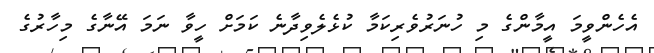
އެހެންވީމަ އީމާންގެ މި ހުނަރުވެރިކަމާ ކުޅެލެވިދާނެ ކަމަށް ހީވާ ނަމަ އޭނާގެ މިހާރުގެ